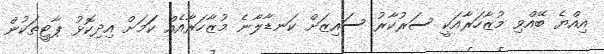
އިއްޔެ ބޭއްވި މުޒާހަރާއަކީ ސަރުކާރު ސައިޒަށް ކަނޑާލާނެ މުޒާހަރާއެއް ކަަމަށް އިދިކޮޅު ޕާޓީތަކުން